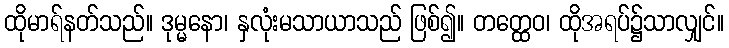
ထိုမာရ်နတ်သည်။ ဒုမ္မနော၊ နှလုံးမသာယာသည် ဖြစ်၍။ တတ္ထေဝ၊ ထိုအရပ်၌သာလျှင်။